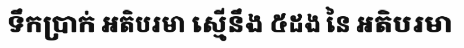
ទឹកប្រាក់ អតិបរមា ស្មើនឹង ៥ដង នៃ អតិបរមា